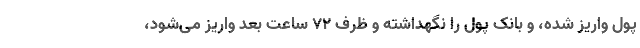
پول واریز شده، و بانک پول را نگهداشته و ظرف ۷۲ ساعت بعد واریز می‌شود،